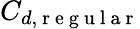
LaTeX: C_{d,\mathrm{~r~e~g~u~l~a~r~}}